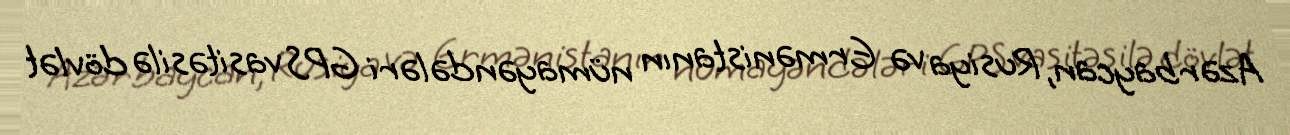
Azərbaycan, Rusiya və Ermənistanın nümayəndələri GPS vasitəsilə dövlət